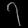
Digit: ၇